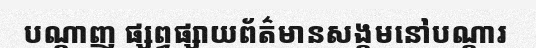
បណ្តាញ ផ្សព្វផ្សាយព័ត៌មានសង្គមនៅបណ្តារ